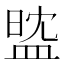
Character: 𥁻